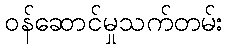
ဝန်ဆောင်မှုသက်တမ်း